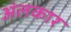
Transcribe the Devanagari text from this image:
अंलकार